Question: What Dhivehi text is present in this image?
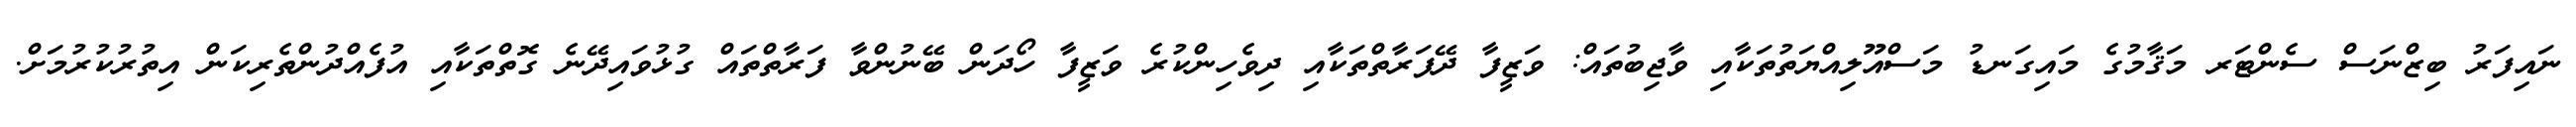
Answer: ނައިފަރު ބިޒްނަސް ސެންޓަރ މަޤާމުގެ މައިގަނޑު މަސްއޫލިއްޔަތުތަކާއި ވާޖިބުތައް: ވަޒީފާ ދޭފަރާތްތަކާއި ދިވެހިންކުރެ ވަޒީފާ ހޯދަން ބޭނުންވާ ފަރާތްތައް ގުޅުވައިދޭނެ ގޮތްތަކާއި އުފެއްދުންތެރިކަން އިތުރުކުރުމަށް.